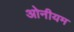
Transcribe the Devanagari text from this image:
ओनीयम